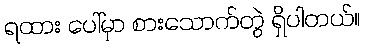
ရထား ပေါ်မှာ စားသောက်တွဲ ရှိပါတယ်။